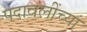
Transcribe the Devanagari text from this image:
पदावलींच्या